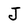
Character: J